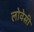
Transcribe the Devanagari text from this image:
लोवेसी